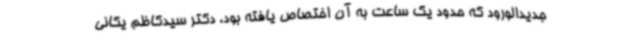
جدیدالورود که حدود یک ساعت به آن اختصاص یافته بود، دکتر سیدکاظم یکانی